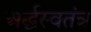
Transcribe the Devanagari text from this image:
अर्द्धस्वतंत्र